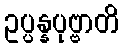
ဥပ္ပန္နပုဗ္ဗာတိ